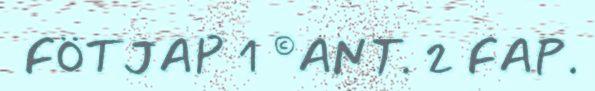
FÖTJAP 1 ©ANT. 2 FAP.